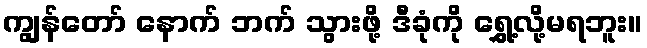
ကျွန်တော် နောက် ဘက် သွားဖို့ ဒီခုံကို ရွှေ့လို့မရဘူး။